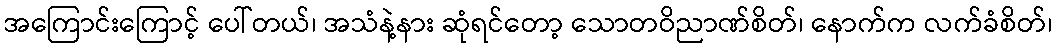
အကြောင်းကြောင့် ပေါ်တယ်၊ အသံနဲ့နား ဆုံရင်တော့ သောတဝိညာဏ်စိတ်၊ နောက်က လက်ခံစိတ်၊